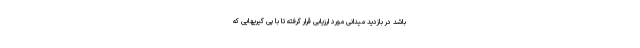
باشد در بازدید میدانی مورد ارزیابی قرار گرفته تا با پی گیریهایی که